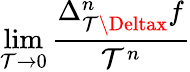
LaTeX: \operatorname*{lim}_{\mathcal{T}\to0}{\frac{{\Delta_{\mathcal{T}\Deltax}^{n}f}}{{\mathcal{T}^{n}}}}